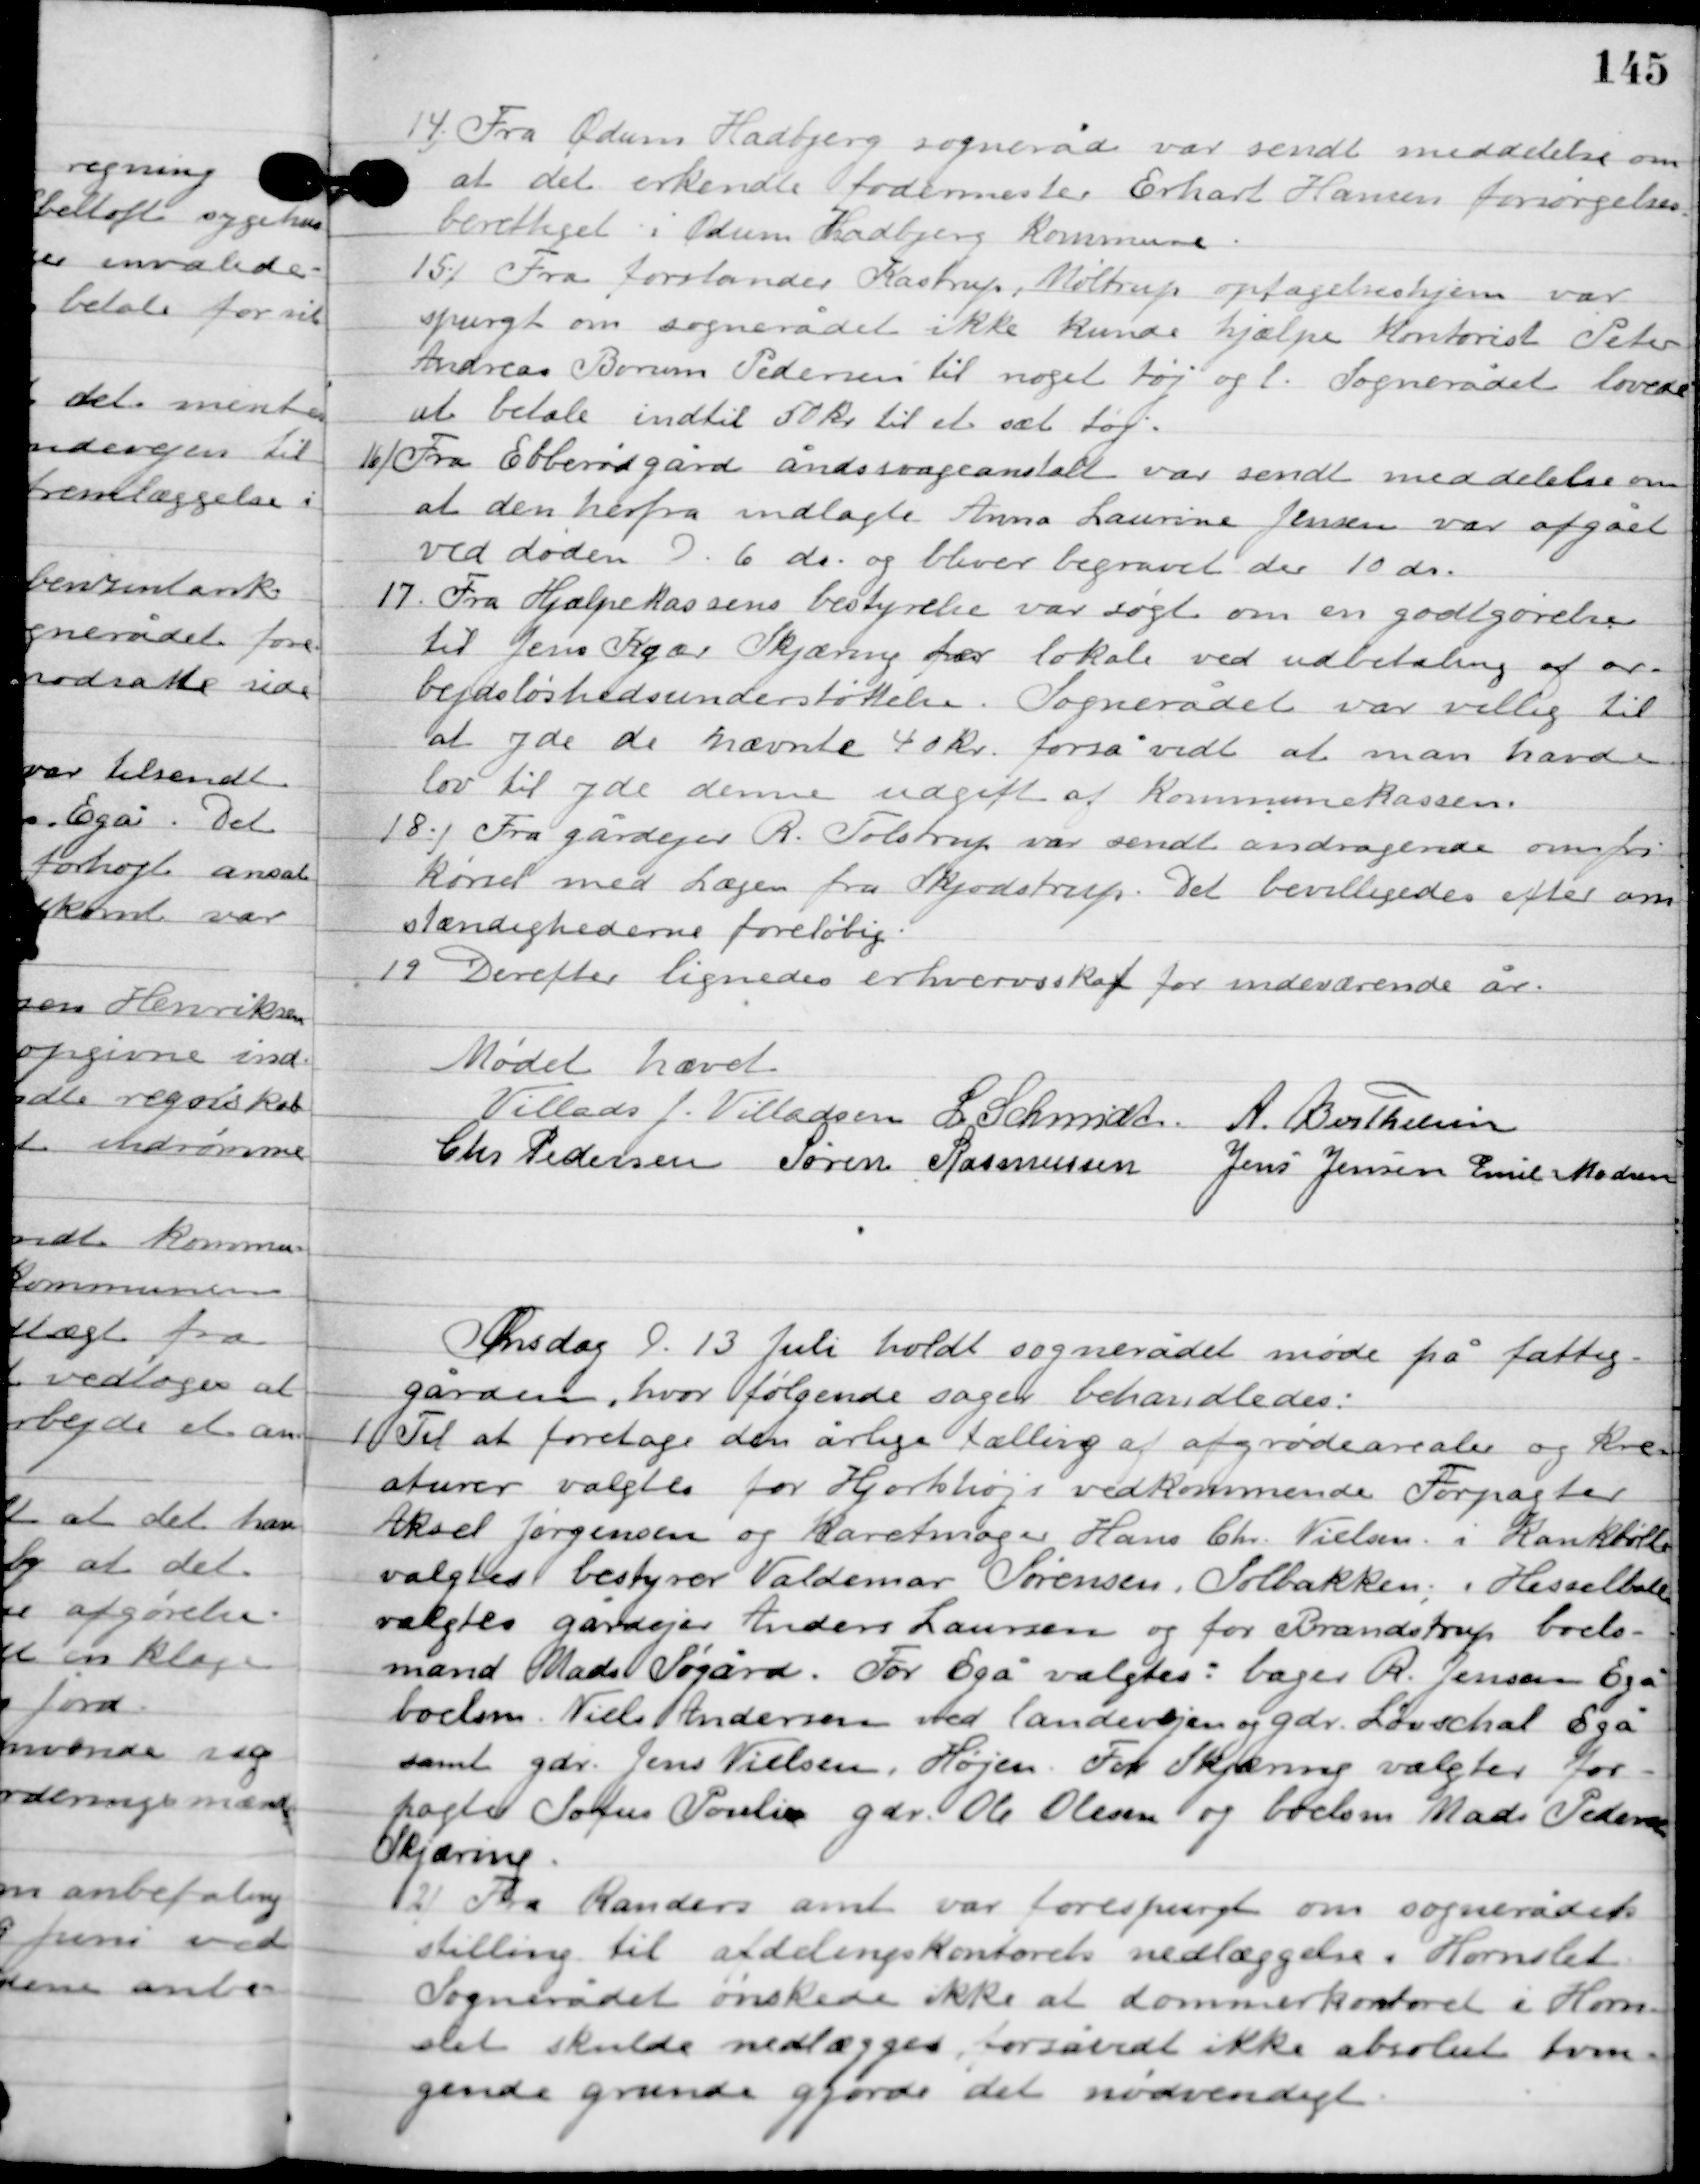
Transskription:
14

Fra Ødum Hadbjerg sogneråd var sendt meddelelse om
at det erkendte fodermester Erhart Hansen forsørgelses-
berettiget i Ødum Hadbjerg Kommune.

15

Fra forstander Kastrup, Møltrup optagelseshjem var
spurgt om sognerådet ikke kunde hjælpe Kontorist Peder
Andreas Borum Pedersen til noget tøj og l. Sognerådet lovede
at betale indtil 50 kr. til et sæt tøj.

16

Fra Ebberødgård åndsvageanstalt var sendt meddelelse om
at den herfra indlagte Anna Laurine Jensen var afgået
ved døden D. 6. ds. og bliver begravet der 10 ds.

17

Fra Hjælpekassens bestyrelse var søgt om en godtgørelse
til Jens Kjær Skjæring for lokale ved udbetaling af ar-
bejdsløshedsunderstøttelse. Sognerådet var villig til
at yde de nævnte 40 kr. forså vidt at man havde
lov til yde denne udgift af kommunekassen.

18

Fra gårdejer R. Tolstrup var sendt andragende om fri
kørsel med lægen fra Skjødstrup. Det bevilligedes efter om-
stændighederne foreløbig.

19

Derefter lignedes erhvervsskat for indeværende år.

Mødet hævet

Villads J. Villadsen
I. Schmidt
A. Berthelsen
Chr. Pedersen
Søren Rasmussen
Jens Jensen
Emil Madsen

Onsdag D. 13. Juli holdt sognerådet møde på fattig-
gården, hvor følgende sager behandledes.

1

Til at foretage den årlige tælling af afgrødearealer og Kre-
aturer valgtes for Hjortshøjs vedkommende Forpagter
Aksel Jørgensen og Karetmager Hans Ch. Nielsen; i Kankbølle
 valgtes bestyrer Valdemar Sørensen. Solbakken; i Hesselballe
valgtes gårdejer Anders Laursen og for Brandstrup boels-
mand Mads Søgård. For Egå valgtes: bager R. Jensen Egå,
boelsm. Niels Andersen ved landevejen og gdr. Løvschal Egå
samt gdr. Jens Nielsen; Højen. For Skjæring valgtes for-
pagter Sofus Poulie, gdr. Ole Olesen og boelsm. Mads Pedersen
 Skjæring.

2

Fra Randers amt var forespurgt om sognerådets
stilling til afdelingskontores nedlæggelse i  Hornslet.
Sognerådet ønskede ikke at dommerkontoret i Horn-
slet skulde nedlægges for så vidt ikke absolut tvin-
gende grunde gjorde det nødvendigt.